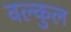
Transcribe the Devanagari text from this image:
वल्कुल